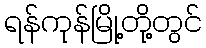
ရန်ကုန်မြို့တို့တွင်